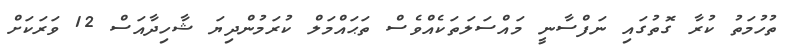
ތުހުމަތު ކުރާ ގޮތުގައި ނަފްސާނީ މައްސަލަތަކެއްވެސް ތަޙައްމަލް ކުރަމުންދިޔަ ޝާހިދާއަސް 12 ވަރަކަށް